Civil Veterinary Department Bihar & Orissa reports 1911-21 - 1911-1921
Year: 1911
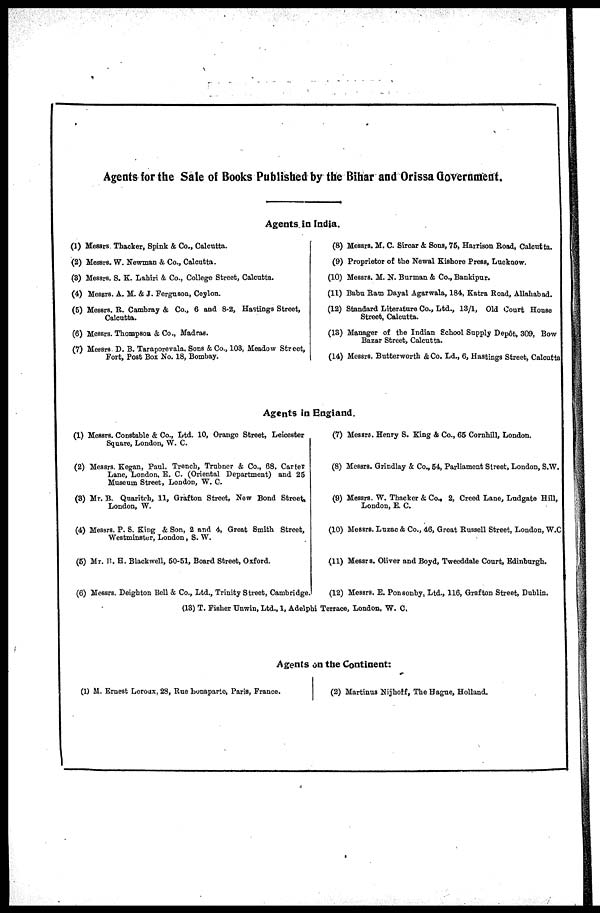
Agents for the Sale of Books Published by the Bihar and Orissa Government.
Agents in India.
(1) Messrs. Thacker, Spink & Co., Calcutta.
(2) Messrs. W. Newman & Co., Calcutta.
(3) Messrs. S. K. Lahiri & Co., College Street, Calcutta.
(4) Messrs. A. M. & J. Ferguson, Ceylon.
(5) Messrs. R. Cambray & Co., 6 and 8-2, Hastings Street,
Calcutta.
(6) Messrs. Thompson & Co., Madras.
(7) Messrs. D. B. Taraporevala, Sons & Co., 103, Meadow Street,
Fort, Post Box No. 18, Bombay.
(8) Messrs. M. C. Sircar & Sons, 75, Harrison Road, Calcutta.
(9) Proprietor of the Newal Kishore Press, Lucknow.
(10) Messrs. M. N. Burman & Co., Bankipur.
(11) Babu Ram Dayal Agarwala, 184, Katra Road, Allahabad.
(12) Standard Literature Co., Ltd., 13/1, Old Court House
Street, Calcutta.
(13) Manager of the Indian School Supply Dep&t, 309, Bow
Bazar Street, Calcutta.
(14) Messrs. Butterworth & Co. Ld., 6, Hastings Street, Calcutta
Agents in England.
(1) Messrs. Constable & Co., Ltd. 10, Orange Street, Leicester
Square, London, W. C.
(2) Messrs. Kegan, Paul, Trench, Trubner & Co., 68, Carter
Lane, London, E. C. (Oriental Department) and 25
Museum Street, London, W. C.
(3) Mr. B. Quaritch, 11, Grafton Street, New Bond Street
London, W.
(4) Messrs. P. S. King & Son, 2 and 4, Great Smith Street,
Westminster, London, S. W.
(5) Mr. B. H. Blackwell, 50-51, Board Street, Oxford.
(6) Messrs. Deighton Bell & Co., Ltd., Trinity Street, Cambridge.
(7) Messrs. Henry S. Zing & Co., 65 Cornhill, London.
(8) Messrs. Grindlay & Co., 54, Parliament Street, London, S.W.
(9) Messrs. W. Thacker & Co., 2, Creed Lane, Ludgate Hill,
London, E. C.
(10) Messrs. Luzac & Co., 46, Great Russell Street, London, W.C.
(11) Messrs. Oliver and Boyd, Tweeddale Court, Edinburgh.
(12) Messrs. E. Ponsonby. Ltd., 116, Grafton Street, Dublin.
(13) T. Fisher Unwin, Ltd., 1, Adelphi Terrace, London, W. C.
Agents on the Continent:
(1) M. Ernest Leroux, 28, Rue Bonaparte, Paris, France.
(2) Martinus Nijhoff, The Hague, Holland.